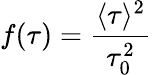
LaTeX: f(\tau)=\frac{\langle\tau\rangle^{2}}{\tau_{0}^{2}}